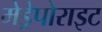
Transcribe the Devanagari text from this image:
मेड्रेपोराइट